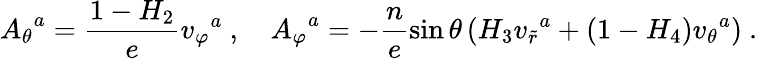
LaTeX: {A_{\theta}}^{a}=\frac{1-H_{2}}{e}{v_{\varphi}}^{a}\ ,\ \ \ \ {A_{\varphi}}^{a}=-\frac{n}{e}\sin\theta\left(H_{3}{v_{\tilde{r}}}^{a}+(1-H_{4}){v_{\theta}}^{a}\right)\ .